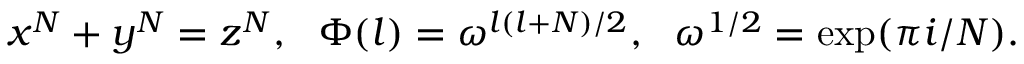
x ^ { N } + y ^ { N } = z ^ { N } , ~ ~ \Phi ( l ) = \omega ^ { l ( l + N ) / 2 } , ~ ~ \omega ^ { 1 / 2 } = \exp ( \pi i / N ) .